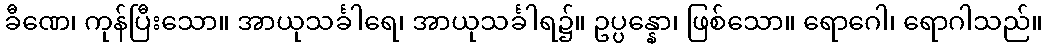
ခီဏေ၊ ကုန်ပြီးသော။ အာယုသင်္ခါရေ၊ အာယုသင်္ခါရ၌။ ဥပ္ပန္နော၊ ဖြစ်သော။ ရောဂေါ၊ ရောဂါသည်။